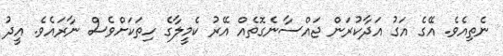
ނެތިއެވެ. އޭގެ އަގު އަދާކުރަން ޖައްސާނެގޮތެއް އޭރު ކެމީލާގެ ހިތަކަށްވެސް ނާރައެވެ. އީދު